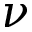
\nu